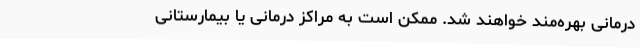
درمانی بهره‌مند خواهند شد. ممکن است به مراکز درمانی یا بیمارستانی